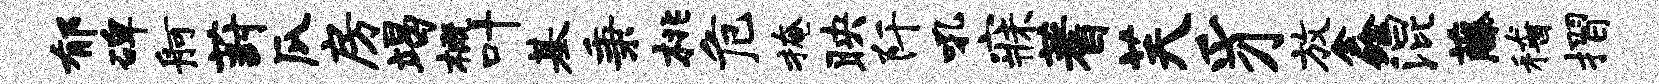
郁碑舸葑瓜房竭概叶基秉桃危掩映阡吼寐蓍芙豸放鑫混藤稽摺